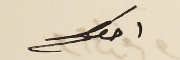
اخوكم